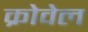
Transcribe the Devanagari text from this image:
क्रोवेल